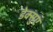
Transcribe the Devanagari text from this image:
डेक्सुए